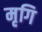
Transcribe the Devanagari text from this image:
मृगि